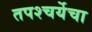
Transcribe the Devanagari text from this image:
तपश्‍चर्येचा